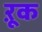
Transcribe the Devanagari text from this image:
ऱूक